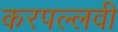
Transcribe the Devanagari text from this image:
करपल्लवी